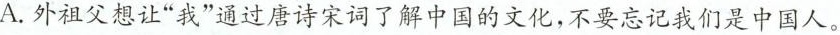
A.外祖父想让”我”通过唐诗宋词了解中国的文化，不要忘记我们是中国人。